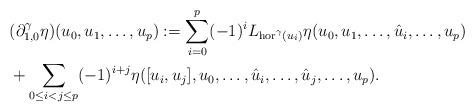
LaTeX: \begin{align*}& (\partial_{1,0}^{\gamma}\eta)(u_{0},u_{1},\ldots,u_{p}):=\sum_{i=0}^{p}(-1)^{i}L_{\operatorname{hor}^{\gamma}(u_{i})}\eta(u_{0},u_{1},\ldots,\hat{u}_{i},\dots,u_{p})\\& +\sum_{0\leq i<j\leq p} (-1)^{i+j}\eta([u_{i},u_{j}],u_{0},\ldots,\hat{u}_{i},\ldots,\hat{u}_{j},\ldots,u_{p}).\end{align*}